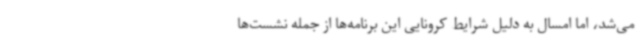
می‌شد، اما امسال به دلیل شرایط کرونایی این برنامه‌ها از جمله نشست‌ها